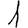
Digit: 1